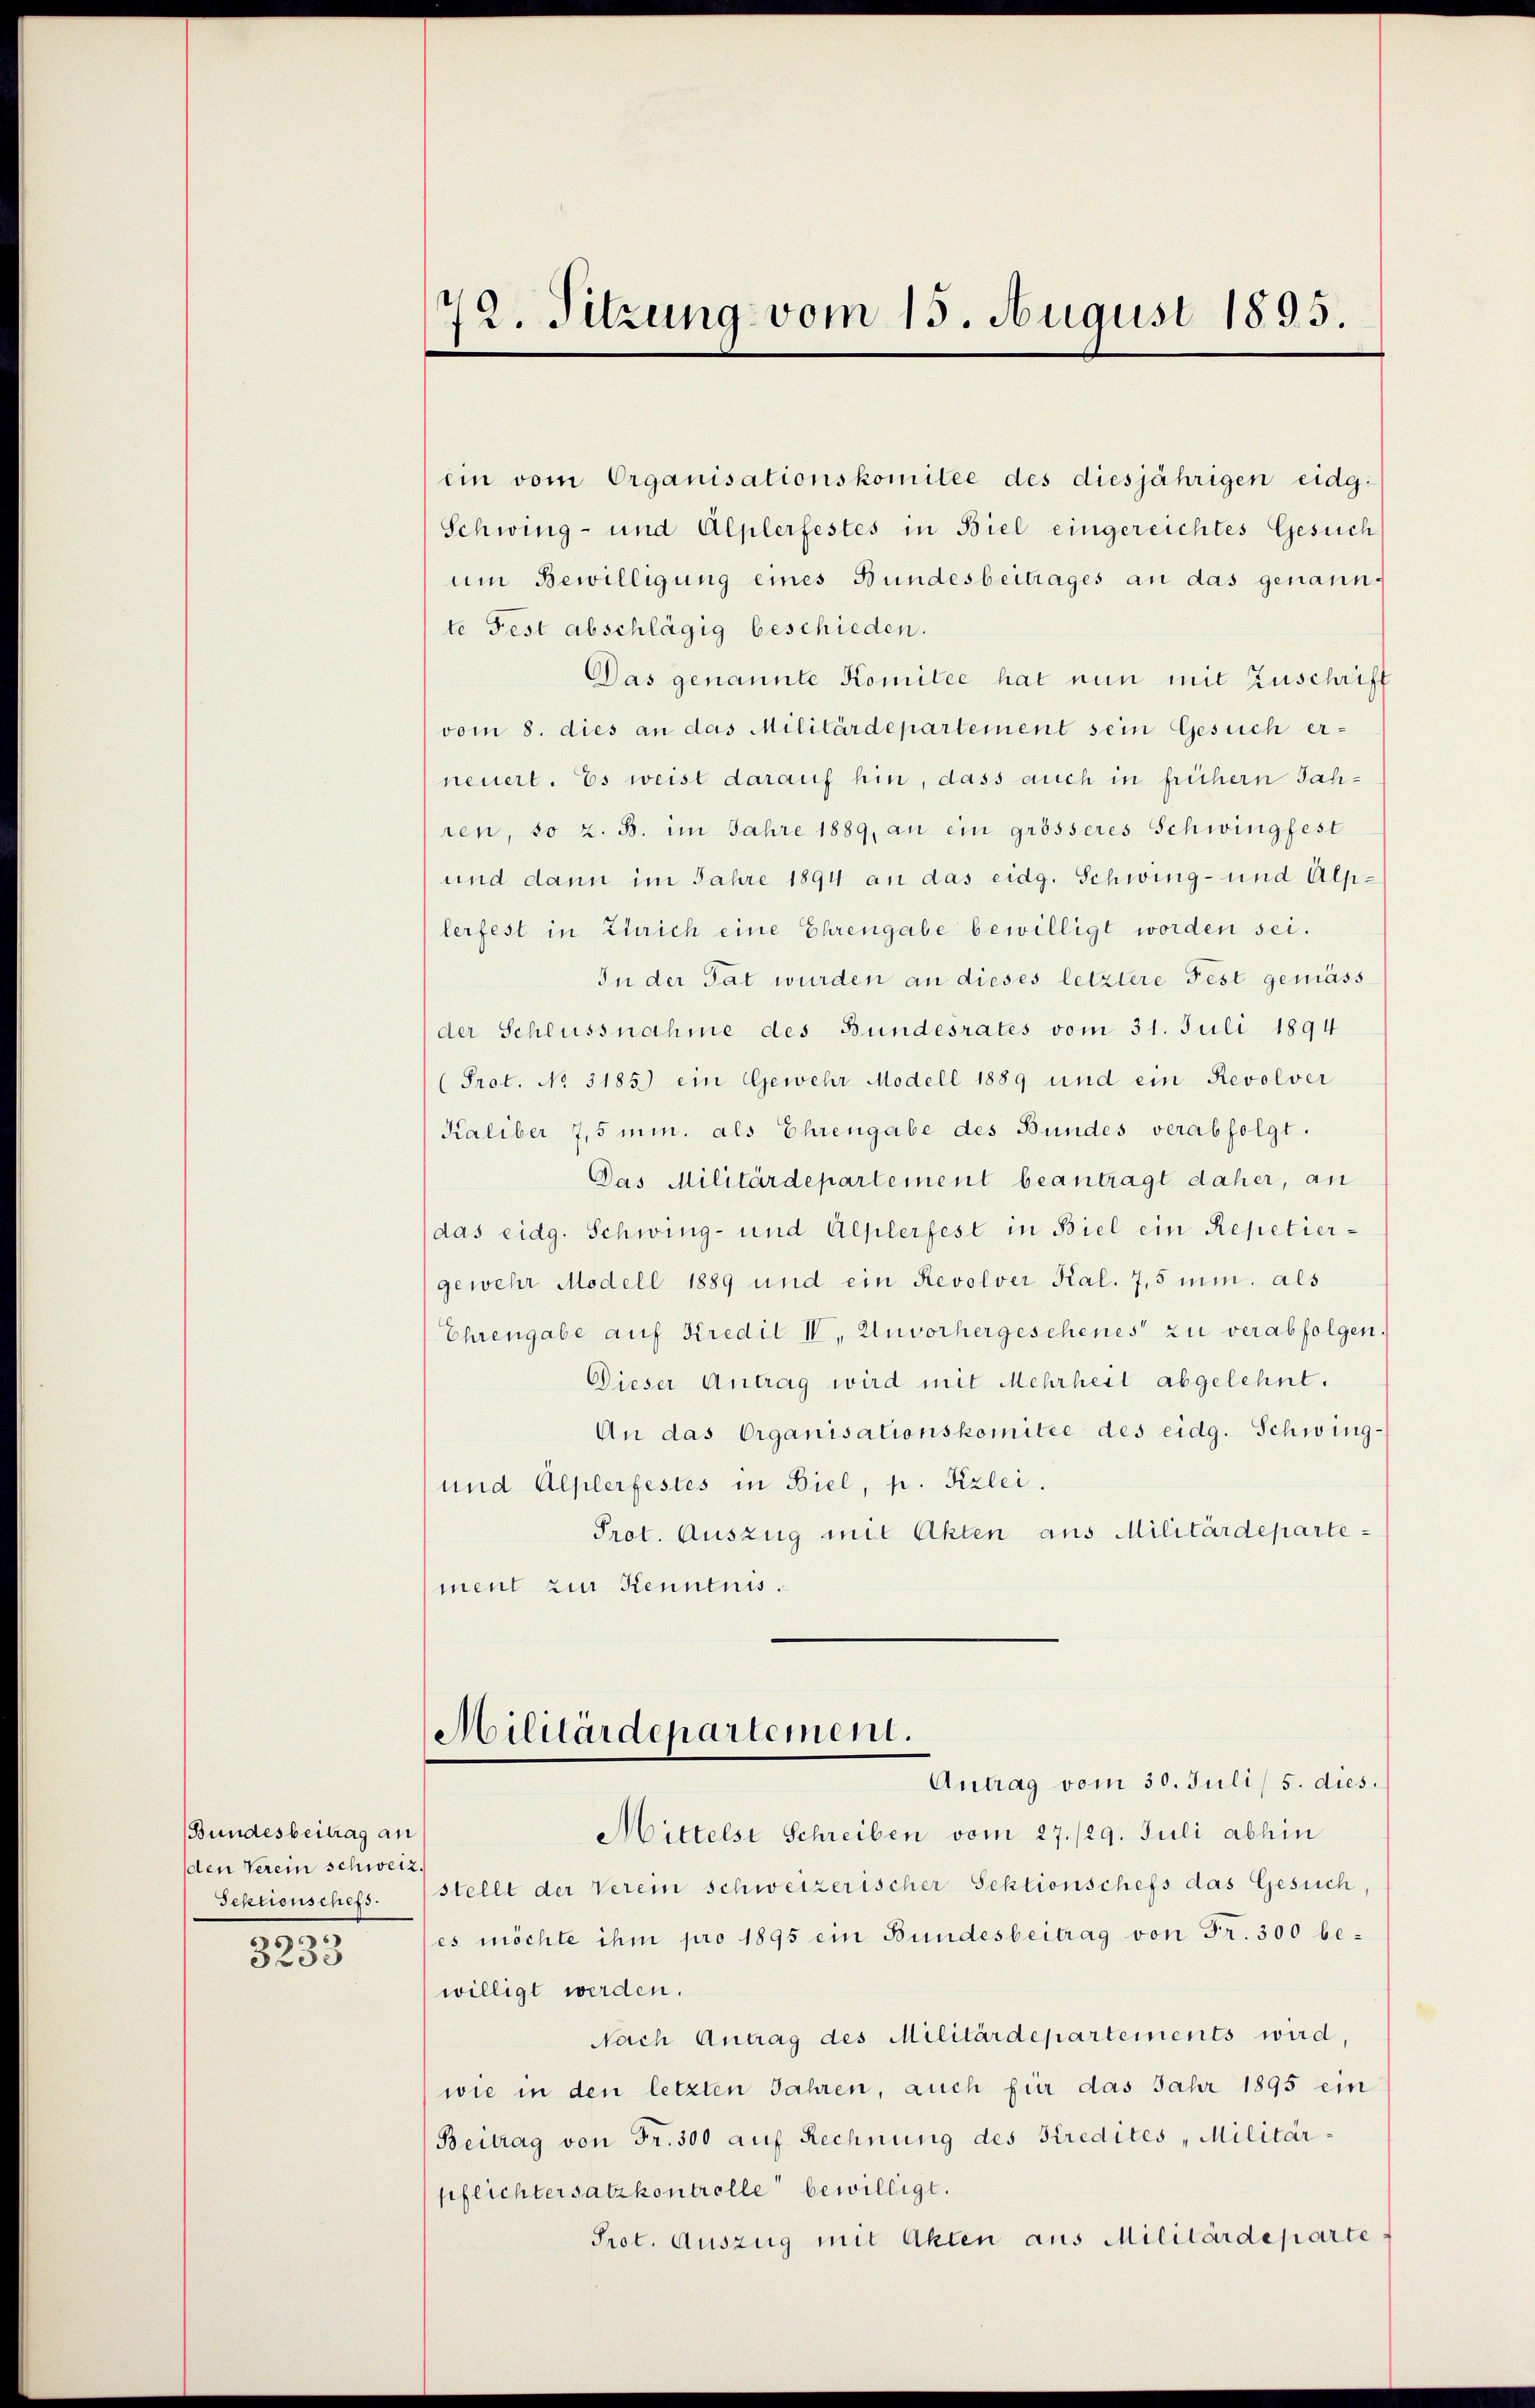
Bundesbeitrag an
den Verein schweiz.
Sektionschefs.

3233

72. Sitzung vom 15. August 1895.

Militärdepartement.

ein vom Organisationskomitee des diesjährigen eidg:
Schwing- und Alplerfestes in Biel eingereichtes Gesuch
um Bewilligung eines Bundesbeitrages an das genannte Fest abschlägig beschieden.
Das genannte Komitee hat nun mit Zuschrift
(vom 8. dies an das Militärdepartement sein Gesuch erneuert. Es weist darauf hin, dass auch in frühern Jahren, so z. B. im Jahre 1889, an ein grösseres Schwingfest
und dann im Jahre 1894 an das eidg. Schwing- und Alplerfest in Zürich eine Ehrengabe bewilligt worden sei.
In der Tat wurden an dieses letztere Fest gemäss
der Schlussnahme des Bundesrates vom 31. Juli 1894
(Prot. No 3185) ein Gewehr Modell 1889 und ein Revolver
Kaliber 7,5 min. als Ehrengabe des Bundes verabfolgt.
Das Militärdepartement beantragt daher, an
(das eidg. Schwing- und Alplerfest in Biel ein Repetiergewehr Modell 1889 und ein Revolver Kal. 7,5 min. als
Ehrengabe auf Kredit IV, Unvorhergeschenes zu verabfolgen.
Dieser Antrag wird mit Mehrheit abgelehnt.
An das Organisationskomitee des eidg. Schwing-
und Alplerfestes in Biel, p. Kzlei.
Prot. Auszug mit Akten aus Militärdepartement zur Kenntnis.

Antrag vom 30. Juli/ 5. dies.
Mittelst Schreiben vom 27./29. Juli abhin
stellt der Verein schweizerischer Sektionschefs das Gesuch,
es möchte ihm pro 1895 ein Bundesbeitrag von Fr. 300 bewilligt werden.
Nach Antrag des Militärdepartements wird
wie in den letzten Jahren, auch für das Jahr 1895 ein
Beitrag von Fr. 300 auf Rechnung des Kredites "Militärpflichtersatzkontrolle bewilligt.
Prot. Auszug mit Akten aus Militärdeparte